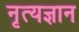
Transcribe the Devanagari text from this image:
नृत्यज्ञान